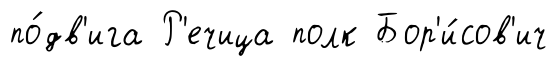
по́дв'ига Р'ечица полк Бор'и́сов'ич